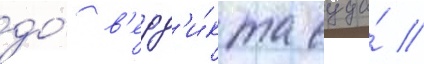
до́ в'ерд'и́кта суда́ //